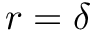
r = \delta